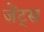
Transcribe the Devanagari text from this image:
जेंट्स